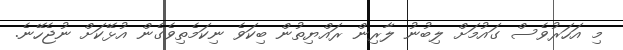
މި އަހަރުވެސް ގައުމަށް ލިބުނު ލާރިން ރައްޔިތުން ބިކަވެ ނިކަމެތިވެގެން އުޅޭކަށް ނުޖެހޭނެ.